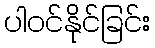
ပါဝင်နိုင်ခြင်း